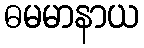
ဓမမာနာယ